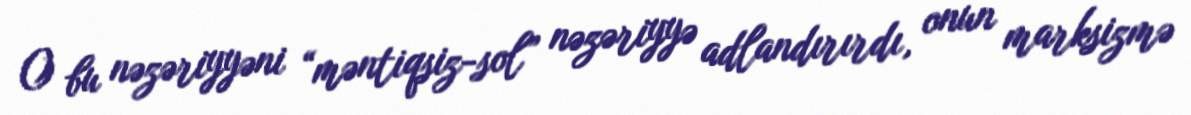
O bu nəzəriyyəni “məntiqsiz-sol” nəzəriyyə adlandırırdı, onun marksizmə